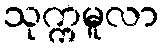
သုက္ကမူလာ